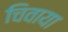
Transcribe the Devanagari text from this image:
चिवाया